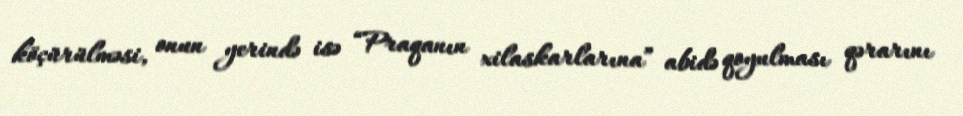
köçürülməsi, onun yerində isə “Praqanın xilaskarlarına” abidə qoyulması qərarını